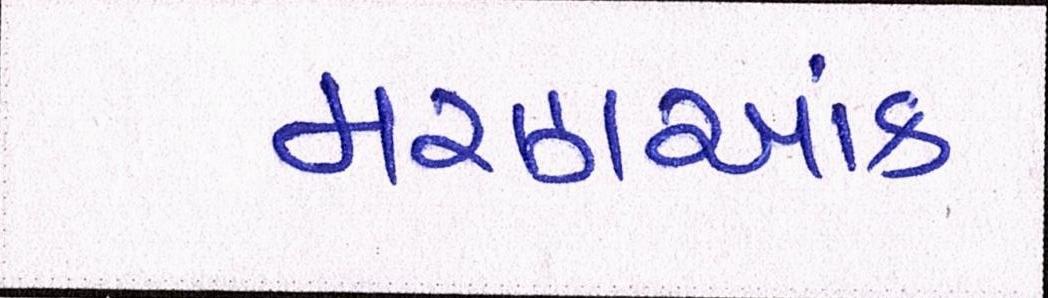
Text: મરણઆંક